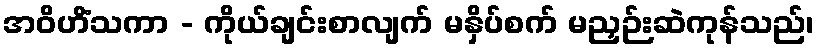
အဝိဟိံသကာ - ကိုယ်ချင်းစာလျက် မနှိပ်စက် မညှဉ်းဆဲကုန်သည်၊